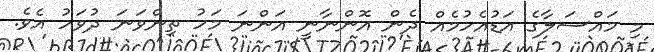
މި މައްސަލާގެ އަޑުއެހުމެއް ދެން އޮންނާނީ އަންނަ މަހު ތިންވަނަ ދުވަހު އެވެ.